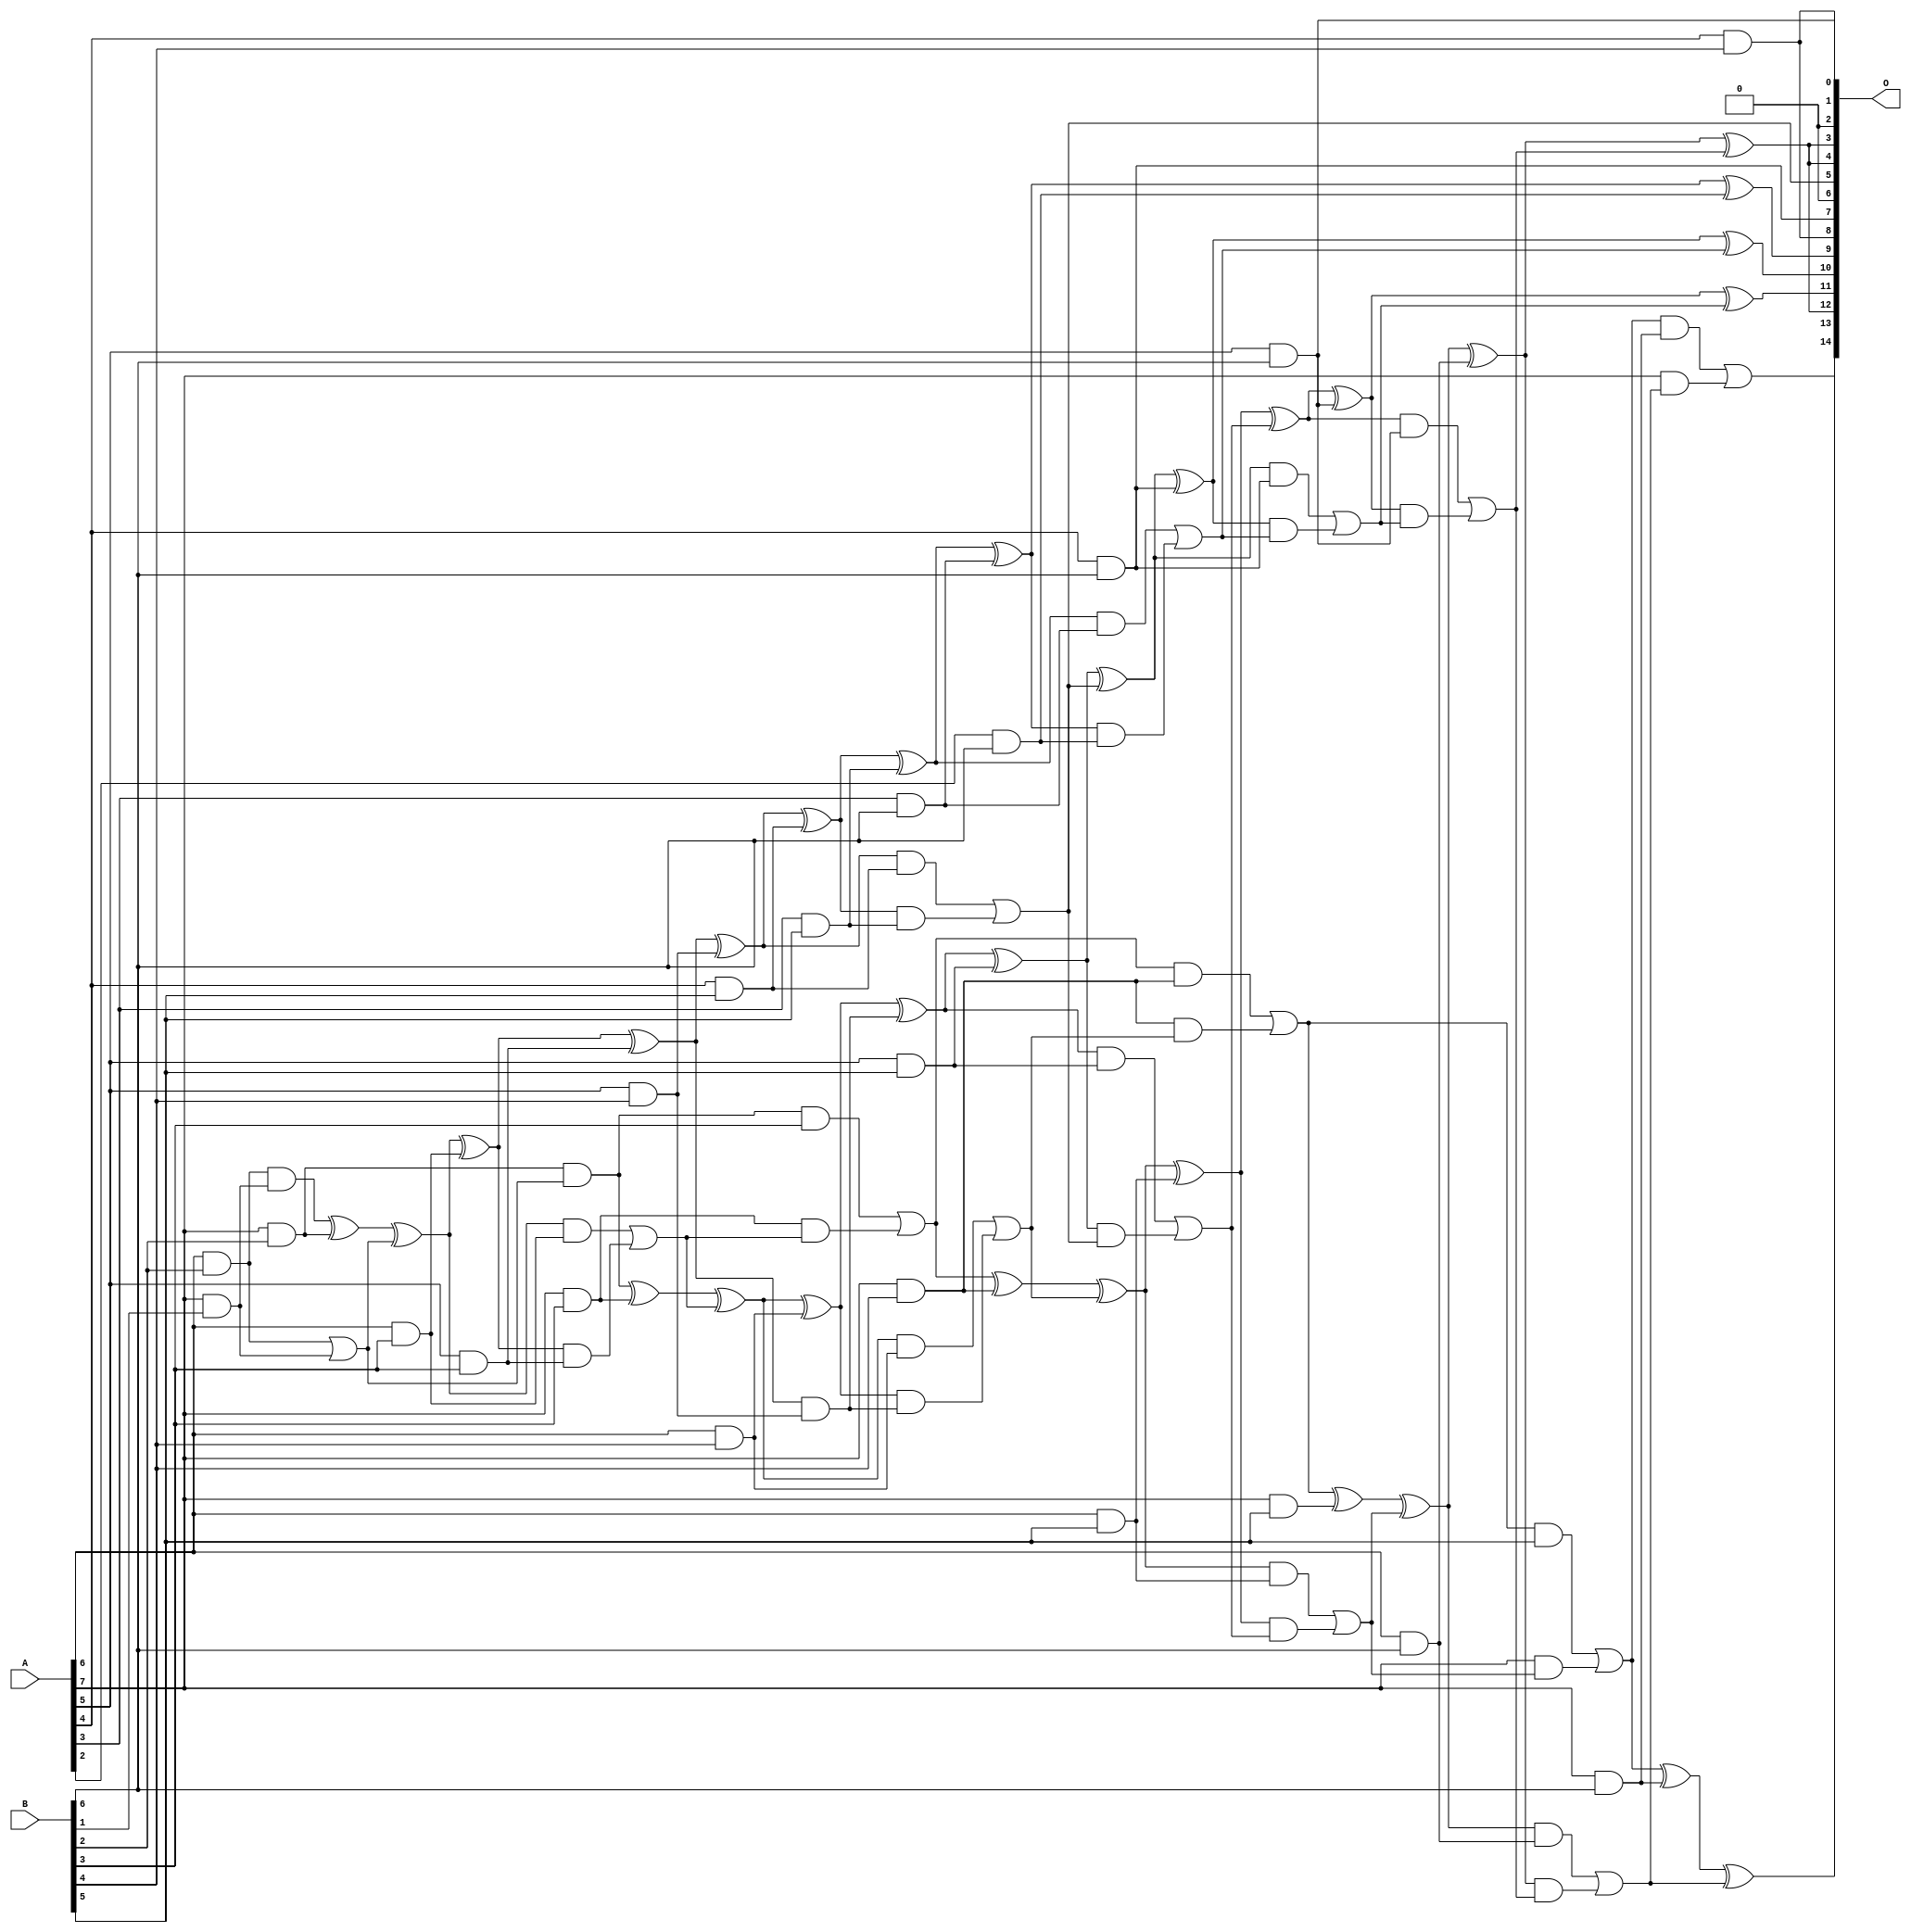
/***
* This code is a part of EvoApproxLib library (ehw.fit.vutbr.cz/approxlib) distributed under The MIT License.
* When used, please cite the following article(s): V. Mrazek, L. Sekanina, Z. Vasicek "Libraries of Approximate Circuits: Automated Design and Application in CNN Accelerators" IEEE Journal on Emerging and Selected Topics in Circuits and Systems, Vol 10, No 4, 2020 
* This file contains a circuit from a sub-set of pareto optimal circuits with respect to the pwr and mae parameters
***/
// MAE% = 0.56 %
// MAE = 183 
// WCE% = 2.39 %
// WCE = 784 
// WCRE% = 100.00 %
// EP% = 98.57 %
// MRE% = 10.75 %
// MSE = 51673 
// PDK45_PWR = 0.099 mW
// PDK45_AREA = 222.0 um2
// PDK45_DELAY = 1.09 ns

module mul8x7u_44V (
    A,
    B,
    O
);

input [7:0] A;
input [6:0] B;
output [14:0] O;

wire sig_30,sig_40,sig_63,sig_72,sig_104,sig_105,sig_107,sig_108,sig_115,sig_116,sig_117,sig_145,sig_146,sig_147,sig_148,sig_149,sig_150,sig_151,sig_152,sig_153;
wire sig_154,sig_159,sig_160,sig_161,sig_162,sig_185,sig_186,sig_190,sig_191,sig_192,sig_193,sig_194,sig_195,sig_196,sig_197,sig_198,sig_199,sig_203,sig_204,sig_205;
wire sig_206,sig_207,sig_225,sig_226,sig_227,sig_228,sig_229,sig_230,sig_231,sig_232,sig_233,sig_234,sig_235,sig_236,sig_237,sig_238,sig_239,sig_240,sig_241,sig_242;
wire sig_243,sig_244,sig_247,sig_248,sig_249,sig_250,sig_251,sig_252,sig_265,sig_266,sig_267,sig_268,sig_269,sig_270,sig_271,sig_272,sig_273,sig_274,sig_275,sig_276;
wire sig_277,sig_278,sig_279,sig_280,sig_281,sig_282,sig_283,sig_284,sig_285,sig_286,sig_287,sig_288,sig_289;

assign sig_30 = A[7] & B[1];
assign sig_40 = A[6] & B[2];
assign sig_63 = sig_40 & sig_30;
assign sig_72 = A[7] & B[2];
assign sig_104 = sig_40 | sig_30;
assign sig_105 = sig_63 ^ sig_72;
assign sig_107 = sig_72 & sig_104;
assign sig_108 = sig_105 ^ sig_104;
assign sig_115 = A[5] & B[3];
assign sig_116 = A[6] & B[3];
assign sig_117 = A[7] & B[3];
assign sig_145 = sig_108 ^ sig_116;
assign sig_146 = sig_108 & sig_116;
assign sig_147 = sig_145 & sig_115;
assign sig_148 = sig_145 ^ sig_115;
assign sig_149 = sig_146 | sig_147;
assign sig_150 = sig_107 ^ sig_117;
assign sig_151 = sig_107 & B[3];
assign sig_152 = sig_117 & sig_149;
assign sig_153 = sig_150 ^ sig_149;
assign sig_154 = sig_151 | sig_152;
assign sig_159 = A[4] & B[4];
assign sig_160 = A[5] & B[4];
assign sig_161 = A[6] & B[4];
assign sig_162 = A[7] & B[4];
assign sig_185 = sig_148 ^ sig_160;
assign sig_186 = sig_148 & sig_160;
assign sig_190 = sig_153 ^ sig_161;
assign sig_191 = sig_153 & sig_161;
assign sig_192 = sig_190 & sig_186;
assign sig_193 = sig_190 ^ sig_186;
assign sig_194 = sig_191 | sig_192;
assign sig_195 = sig_154 ^ sig_162;
assign sig_196 = sig_154 & sig_162;
assign sig_197 = sig_162 & sig_194;
assign sig_198 = sig_195 ^ sig_194;
assign sig_199 = sig_196 | sig_197;
assign sig_203 = A[3] & B[5];
assign sig_204 = A[4] & B[5];
assign sig_205 = A[5] & B[5];
assign sig_206 = A[6] & B[5];
assign sig_207 = A[7] & B[5];
assign sig_225 = sig_185 ^ sig_204;
assign sig_226 = sig_185 & sig_204;
assign sig_227 = sig_225 & sig_203;
assign sig_228 = sig_225 ^ sig_203;
assign sig_229 = sig_226 | sig_227;
assign sig_230 = sig_193 ^ sig_205;
assign sig_231 = sig_193 & sig_205;
assign sig_232 = sig_230 & sig_229;
assign sig_233 = sig_230 ^ sig_229;
assign sig_234 = sig_231 | sig_232;
assign sig_235 = sig_198 ^ sig_206;
assign sig_236 = sig_198 & sig_206;
assign sig_237 = sig_235 & sig_234;
assign sig_238 = sig_235 ^ sig_234;
assign sig_239 = sig_236 | sig_237;
assign sig_240 = sig_199 ^ sig_207;
assign sig_241 = sig_199 & B[5];
assign sig_242 = A[7] & sig_239;
assign sig_243 = sig_240 ^ sig_239;
assign sig_244 = sig_241 | sig_242;
assign sig_247 = A[2] & B[6];
assign sig_248 = A[3] & B[6];
assign sig_249 = A[4] & B[6];
assign sig_250 = A[5] & B[6];
assign sig_251 = A[6] & B[6];
assign sig_252 = A[7] & B[6];
assign sig_265 = sig_228 ^ sig_248;
assign sig_266 = sig_228 & sig_248;
assign sig_267 = sig_265 & sig_247;
assign sig_268 = sig_265 ^ sig_247;
assign sig_269 = sig_266 | sig_267;
assign sig_270 = sig_233 ^ sig_249;
assign sig_271 = sig_233 & sig_249;
assign sig_272 = sig_270 & sig_269;
assign sig_273 = sig_270 ^ sig_269;
assign sig_274 = sig_271 | sig_272;
assign sig_275 = sig_238 ^ sig_250;
assign sig_276 = sig_238 & sig_250;
assign sig_277 = sig_275 & sig_274;
assign sig_278 = sig_275 ^ sig_274;
assign sig_279 = sig_276 | sig_277;
assign sig_280 = sig_243 ^ sig_251;
assign sig_281 = sig_243 & sig_251;
assign sig_282 = sig_280 & sig_279;
assign sig_283 = sig_280 ^ sig_279;
assign sig_284 = sig_281 | sig_282;
assign sig_285 = sig_244 ^ sig_252;
assign sig_286 = sig_244 & sig_252;
assign sig_287 = A[7] & sig_284;
assign sig_288 = sig_285 ^ sig_284;
assign sig_289 = sig_286 | sig_287;

assign O[14] = sig_289;
assign O[13] = sig_288;
assign O[12] = sig_283;
assign O[11] = sig_278;
assign O[10] = sig_273;
assign O[9] = sig_268;
assign O[8] = sig_159;
assign O[7] = sig_249;
assign O[6] = 1'b0;
assign O[5] = sig_229;
assign O[4] = sig_283;
assign O[3] = sig_283;
assign O[2] = 1'b0;
assign O[1] = sig_250;
assign O[0] = sig_159;

endmodule